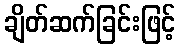
ချိတ်ဆက်ခြင်းဖြင့်